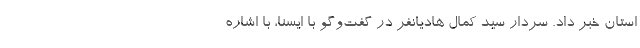
استان خبر داد. سردار سید کمال هادیانفر در گفت‌وگو با ایسنا، با اشاره